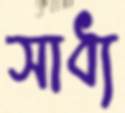
সাধ্য